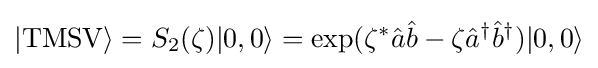
|{\text{TMSV}}\rangle =S_{2}(\zeta )|0,0\rangle =\exp(\zeta ^{*}{\hat {a}}{\hat {b}}-\zeta {\hat {a}}^{\dagger }{\hat {b}}^{\dagger })|0,0\rangle